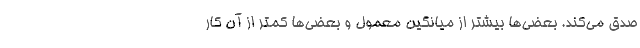
صدق می‌کند. بعضی‌ها بیشتر از میانگین معمول و بعضی‌ها کمتر از آن کار